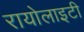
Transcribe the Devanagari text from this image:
रायोलाइटी